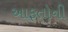
આફતોની